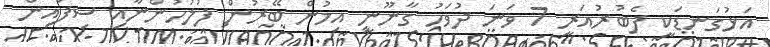
އަޅުގަނޑަކީ ފެބުރުއަރީ 7 ވަނަ ދުވަހު ގާނޫނީ އިމުން ބޭރުން ފުލުހުންނާއި ސިފައިން